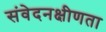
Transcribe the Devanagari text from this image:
संवेदनक्षीणता